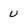
Character: u